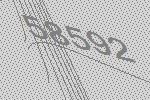
58592